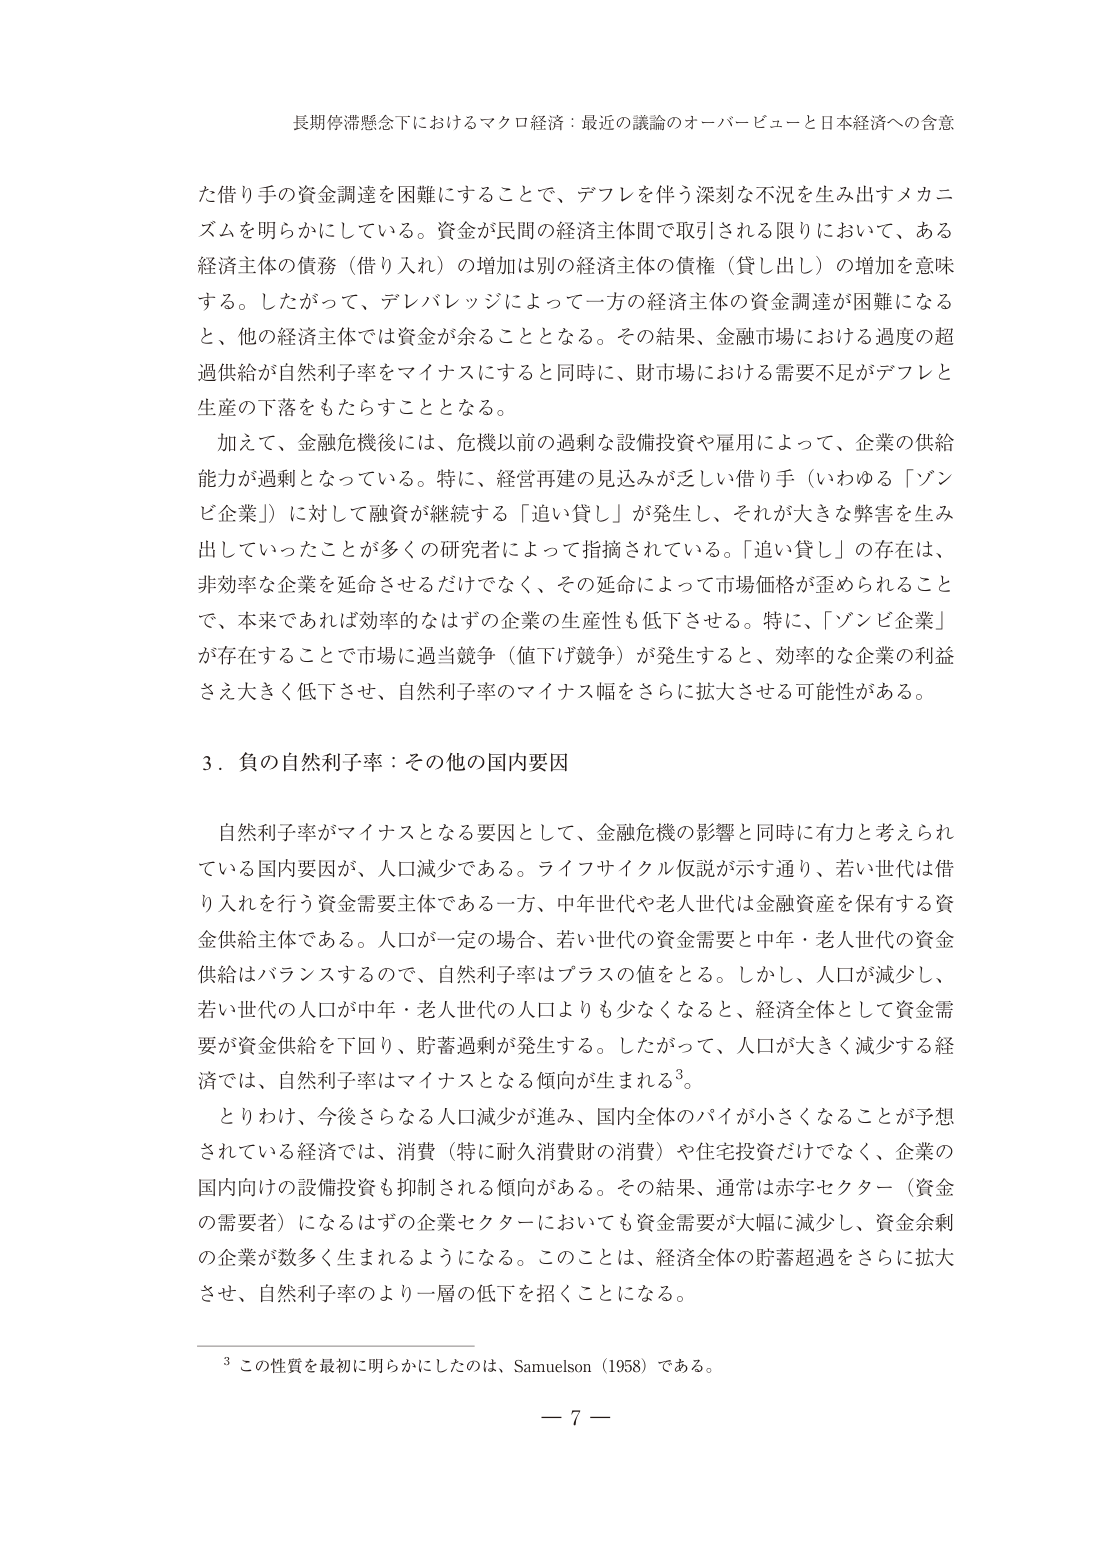
長期停滞懸念下におけるマクロ経済：最近の議論のオーバービューと日本経済への含意

た借り手の資金調達を困難にすることで、デフレを伴う深刻な不況を生み出すメカニズムを明らかにしている。資金が民間の経済主体間で取引される限りにおいて、ある経済主体の債務（借り入れ）の増加は別の経済主体の債権（貸し出し）の増加を意味する。したがって、デレバレッジによって一方の経済主体の資金調達が困難になると、他の経済主体では資金が余ることとなる。その結果、金融市場における過度の超過供給が自然利子率をマイナスにすると同時に、財市場における需要不足がデフレと生産の下落をもたらすこととなる。

加えて、金融危機後には、危機以前の過剰な設備投資や雇用によって、企業の供給能力が過剰となっている。特に、経営再建の見込みが乏しい借り手（いわゆる「ゾンビ企業」）に対して融資が継続する「追い貸し」が発生し、それが大きな弊害を生み出していったことが多くの研究者によって指摘されている。「追い貸し」の存在は、非効率な企業を延命させるだけでなく、その延命によって市場価格が歪められることで、本来であれば効率的なはずの企業の生産性も低下させる。特に、「ゾンビ企業」が存在することで市場に過当競争（値下げ競争）が発生すると、効率的な企業の利益さえ大きく低下させ、自然利子率のマイナス幅をさらに拡大させる可能性がある。

3．負の自然利子率：その他の国内要因

自然利子率がマイナスとなる要因として、金融危機の影響と同時に有力と考えられている国内要因が、人口減少である。ライフサイクル仮説が示す通り、若い世代は借り入れを行う資金需要主体である一方、中年世代や老人世代は金融資産を保有する資金供給主体である。人口が一定の場合、若い世代の資金需要と中年・老人世代の資金供給はバランスするので、自然利子率はプラスの値をとる。しかし、人口が減少し、若い世代の人口が中年・老人世代の人口よりも少なくなると、経済全体として資金需要が資金供給を下回り、貯蓄過剰が発生する。したがって、人口が大きく減少する経済では、自然利子率はマイナスとなる傾向が生まれる³。

とりわけ、今後さらなる人口減少が進み、国内全体のパイが小さくなることが予想されている経済では、消費（特に耐久消費財の消費）や住宅投資だけでなく、企業の国内向けの設備投資も抑制される傾向がある。その結果、通常は赤字セクター（資金の需要者）になるはずの企業セクターにおいても資金需要が大幅に減少し、資金余剰の企業が数多く生まれるようになる。このことは、経済全体の貯蓄超過をさらに拡大させ、自然利子率のより一層の低下を招くことになる。

³ この性質を最初に明らかにしたのは、Samuelson（1958）である。

— 7 —